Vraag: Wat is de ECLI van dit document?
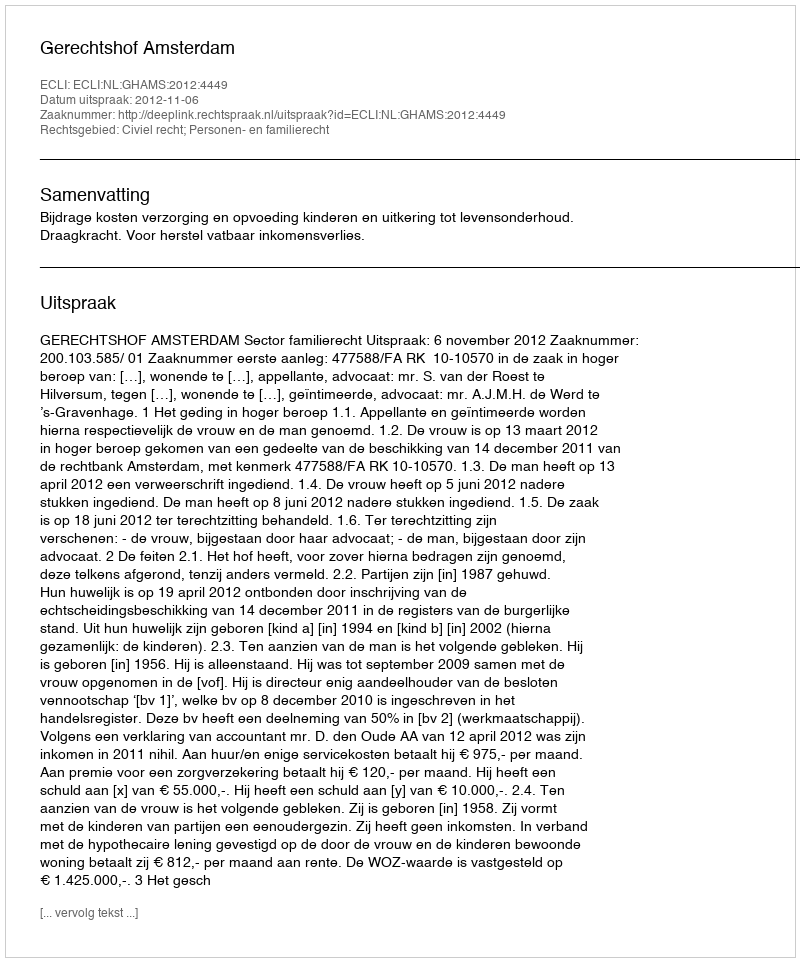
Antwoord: ECLI:NL:GHAMS:2012:4449